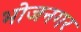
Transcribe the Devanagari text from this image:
भोजनगर